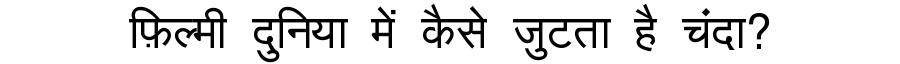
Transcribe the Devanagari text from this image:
फ़िल्मी दुनिया में कैसे जुटता है चंदा?